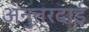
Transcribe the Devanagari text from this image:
अनुत्तरदाई